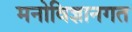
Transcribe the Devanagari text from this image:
मनोविज्ञानगत